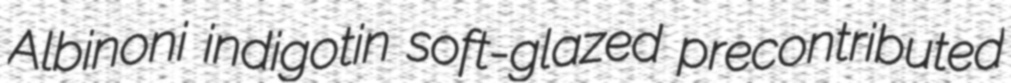
Albinoni indigotin soft-glazed precontributed